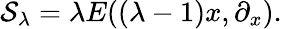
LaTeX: {\cal S}_{\lambda}=\lambda E((\lambda-1)x,\partial_{x}).